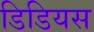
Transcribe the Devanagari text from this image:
डिडियस